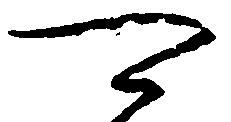
可